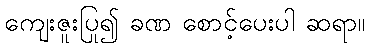
ကျေးဇူးပြု၍ ခဏ စောင့်ပေးပါ ဆရာ။